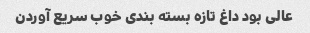
عالی بود داغ تازه بسته بندی خوب سریع آوردن